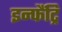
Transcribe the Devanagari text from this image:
इन्फैंट्रि